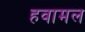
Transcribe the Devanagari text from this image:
हवामल